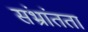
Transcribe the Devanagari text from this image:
संभ्रांतता